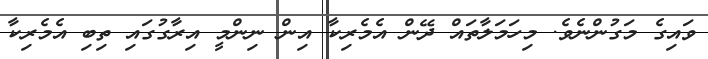
ވައިގެ މަގުންނެވެ. މިހަމަލާތައް ދޭން އެމެރިކާ އިން ނިންމީ އިރާގުގައި ތިބި އެމެރިކާ